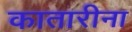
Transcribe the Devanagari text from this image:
कातारीना